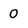
Character: 0